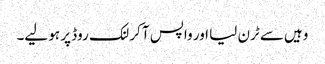
وہیں سے ٹرن لیا اور واپس آ کر لنک روڈ پر ہو لیے۔